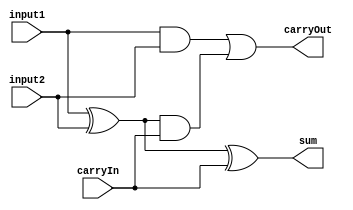
`timescale 1ns / 1ps
//////////////////////////////////////////////////////////////////////////////////
// Company: 
// Engineer: 
// 
// Design Name: 
// Module Name: Full_adder
// Project Name: 
// Target Devices: 
// Tool Versions: 
// Description: 
// 
// Dependencies: 
// 
// Revision:
// Revision 0.01 - File Created
// Additional Comments:
// 
//////////////////////////////////////////////////////////////////////////////////

module Full_adder(
    sum, 
    carryOut, 
    carryIn, 
    input1, 
    input2
    );
    
input carryIn, input1, input2;

output sum, carryOut;

wire w1, w2, w3;

xor x1(w1, input1, input2);
xor x2(sum, w1, carryIn);
and a1(w2, input1, input2);
and a2(w3, w1, carryIn);
or o1(carryOut, w2, w3);    
endmodule